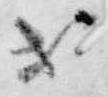
等